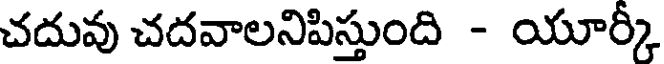
చదువు చదవాలనిపిస్తుంది - యూర్కీ